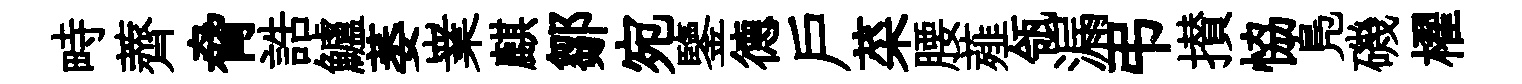
畤薺脅誥鱸萎嶪麒鄒宛鑒德戶菜腰薤瓴漏弔攅恊鳬磯櫂